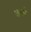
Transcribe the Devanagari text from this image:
थार्क्स